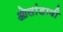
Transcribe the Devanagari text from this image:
ओलांडावी